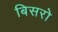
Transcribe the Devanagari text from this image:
बिसरो